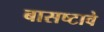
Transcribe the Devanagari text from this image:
बासष्टावे